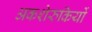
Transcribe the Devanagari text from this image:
अकशेरुकियों